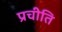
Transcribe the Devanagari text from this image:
प्रचीति